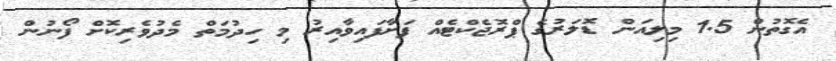
އެގޮތުން 1.5 މިލިއަން ޑޮލަރުގެ ޕްރޮޖެކްޓެއް ފަށާފައިވާއިރު މި ހިދުމަތް މެދުވެރިކޮށް ފޯނުން